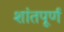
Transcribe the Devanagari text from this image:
शांतपूर्ण